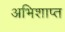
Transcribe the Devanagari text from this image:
अभिशाप्त